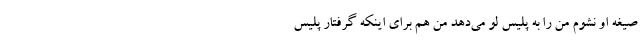
صیغه او نشوم من را به پلیس لو می‌دهد من هم برای اینکه گرفتار پلیس